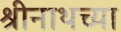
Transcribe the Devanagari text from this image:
श्रीनाथच्या